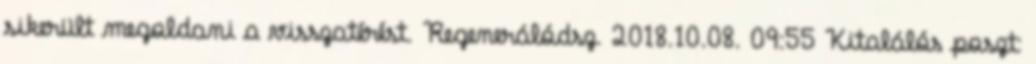
sikerült megoldani a visszatérést. Regenerálódsz. 2018.10.08. 09:55 Kitalálós poszt: